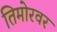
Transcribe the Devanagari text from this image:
तिमोरवर